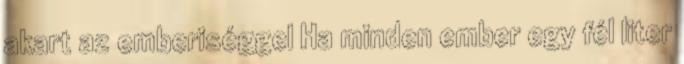
akart az emberiséggel Ha minden ember egy fél liter